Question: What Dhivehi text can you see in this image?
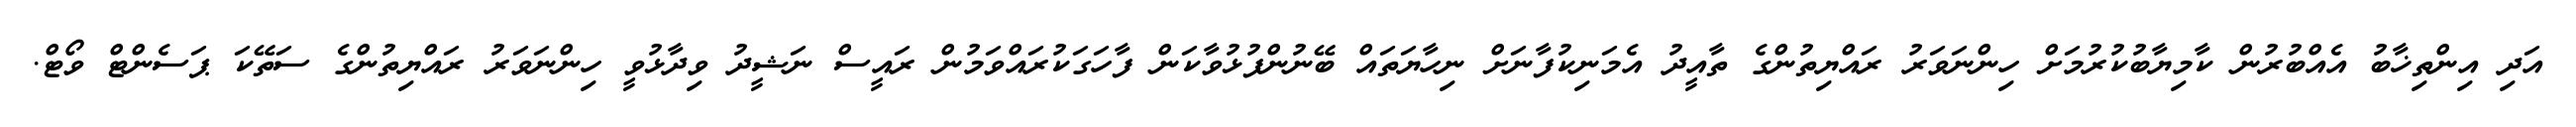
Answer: އަދި އިންތިޚާބު އެއްބުރުން ކާމިޔާބުކުރުމަށް ހިންނަވަރު ރައްޔިތުންގެ ތާއީދު އެމަނިކުފާނަށް ނިހާޔަތައް ބޭނުންފުޅުވާކަން ފާހަގަކުރައްވަމުން ރައީސް ނަޝީދު ވިދާޅުވީ ހިންނަވަރު ރައްޔިތުންގެ ސަތޭކަ ޕަސެންޓް ވޯޓް.